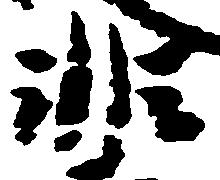
非